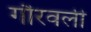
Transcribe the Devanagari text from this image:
गौरवली